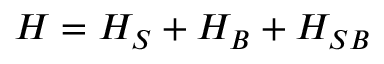
H = H _ { S } + H _ { B } + H _ { S B }